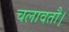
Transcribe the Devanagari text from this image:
चलावतौ।